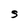
Character: S